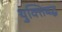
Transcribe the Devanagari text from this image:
युक्तिबद्ध